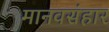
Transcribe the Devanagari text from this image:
मानवसंहार